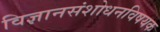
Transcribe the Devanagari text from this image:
विज्ञानसंशोधनविषयक